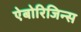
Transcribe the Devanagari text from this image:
ऐबोरिजिन्स